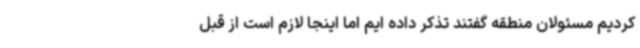
کردیم مسئولان منطقه گفتند تذکر داده ایم اما اینجا لازم است از قبل